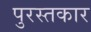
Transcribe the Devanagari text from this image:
पुरस्तकार